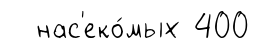
нас'еко́мых 400